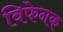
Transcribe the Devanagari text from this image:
विफेनक